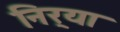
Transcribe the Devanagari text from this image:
निर्‍या